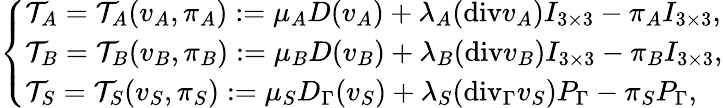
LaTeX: \left\{ \begin{array}{ll}{\mathcal{T}_{A}=\mathcal{T}_{A}(v_{A},\pi_{A}):=\mu_{A}D(v_{A})+\lambda_{A}(\mathrm{{div}}v_{A})I_{3\times 3}-\pi_{A}I_{3\times 3},}\\ {\mathcal{T}_{B}=\mathcal{T}_{B}(v_{B},\pi_{B}):=\mu_{B}D(v_{B})+\lambda_{B}({\mathrm{div}}v_{B})I_{3\times 3}-\pi_{B}I_{3\times 3},}\\ {\mathcal{T}_{S}=\mathcal{T}_{S}(v_{S},\pi_{S}):=\mu_{S}D_{\Gamma}(v_{S})+\lambda_{S}(\mathrm{{div}}_{\Gamma}v_{S})P_{\Gamma}-\pi_{S}P_{\Gamma},}\end{array}\right.